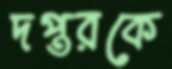
দপ্তরকে